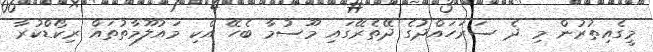
މީގެއިތުރުން މި ދެ ސަރަހައްދުގެ ދޭތެރޭގައި މޫސުމާ ބެހޭ އެކި މައުލޫމާތުތައް ރިކޯޑްކުރާ